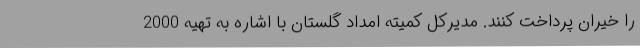
را خیران پرداخت کنند. مدیرکل کمیته امداد گلستان با اشاره به تهیه 2000